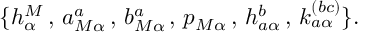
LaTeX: \{ h _ { \alpha } ^ { M } \, , \, a _ { M \alpha } ^ { a } \, , \, b _ { M \alpha } ^ { a } \, , \, p _ { M \alpha } \, , \, h _ { a \alpha } ^ { b } \, , \, k _ { a \alpha } ^ { ( b c ) } \} .